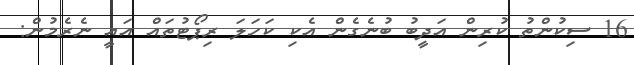
16 ސިކުންތު ކުރިން އަދީބު ބުނެގެން އެކި ކަހަލަ ރިޕޯޓުތައް އައީ ނެރެމުން: